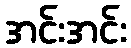
အင်းအင်း